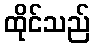
ထိုင်သည်